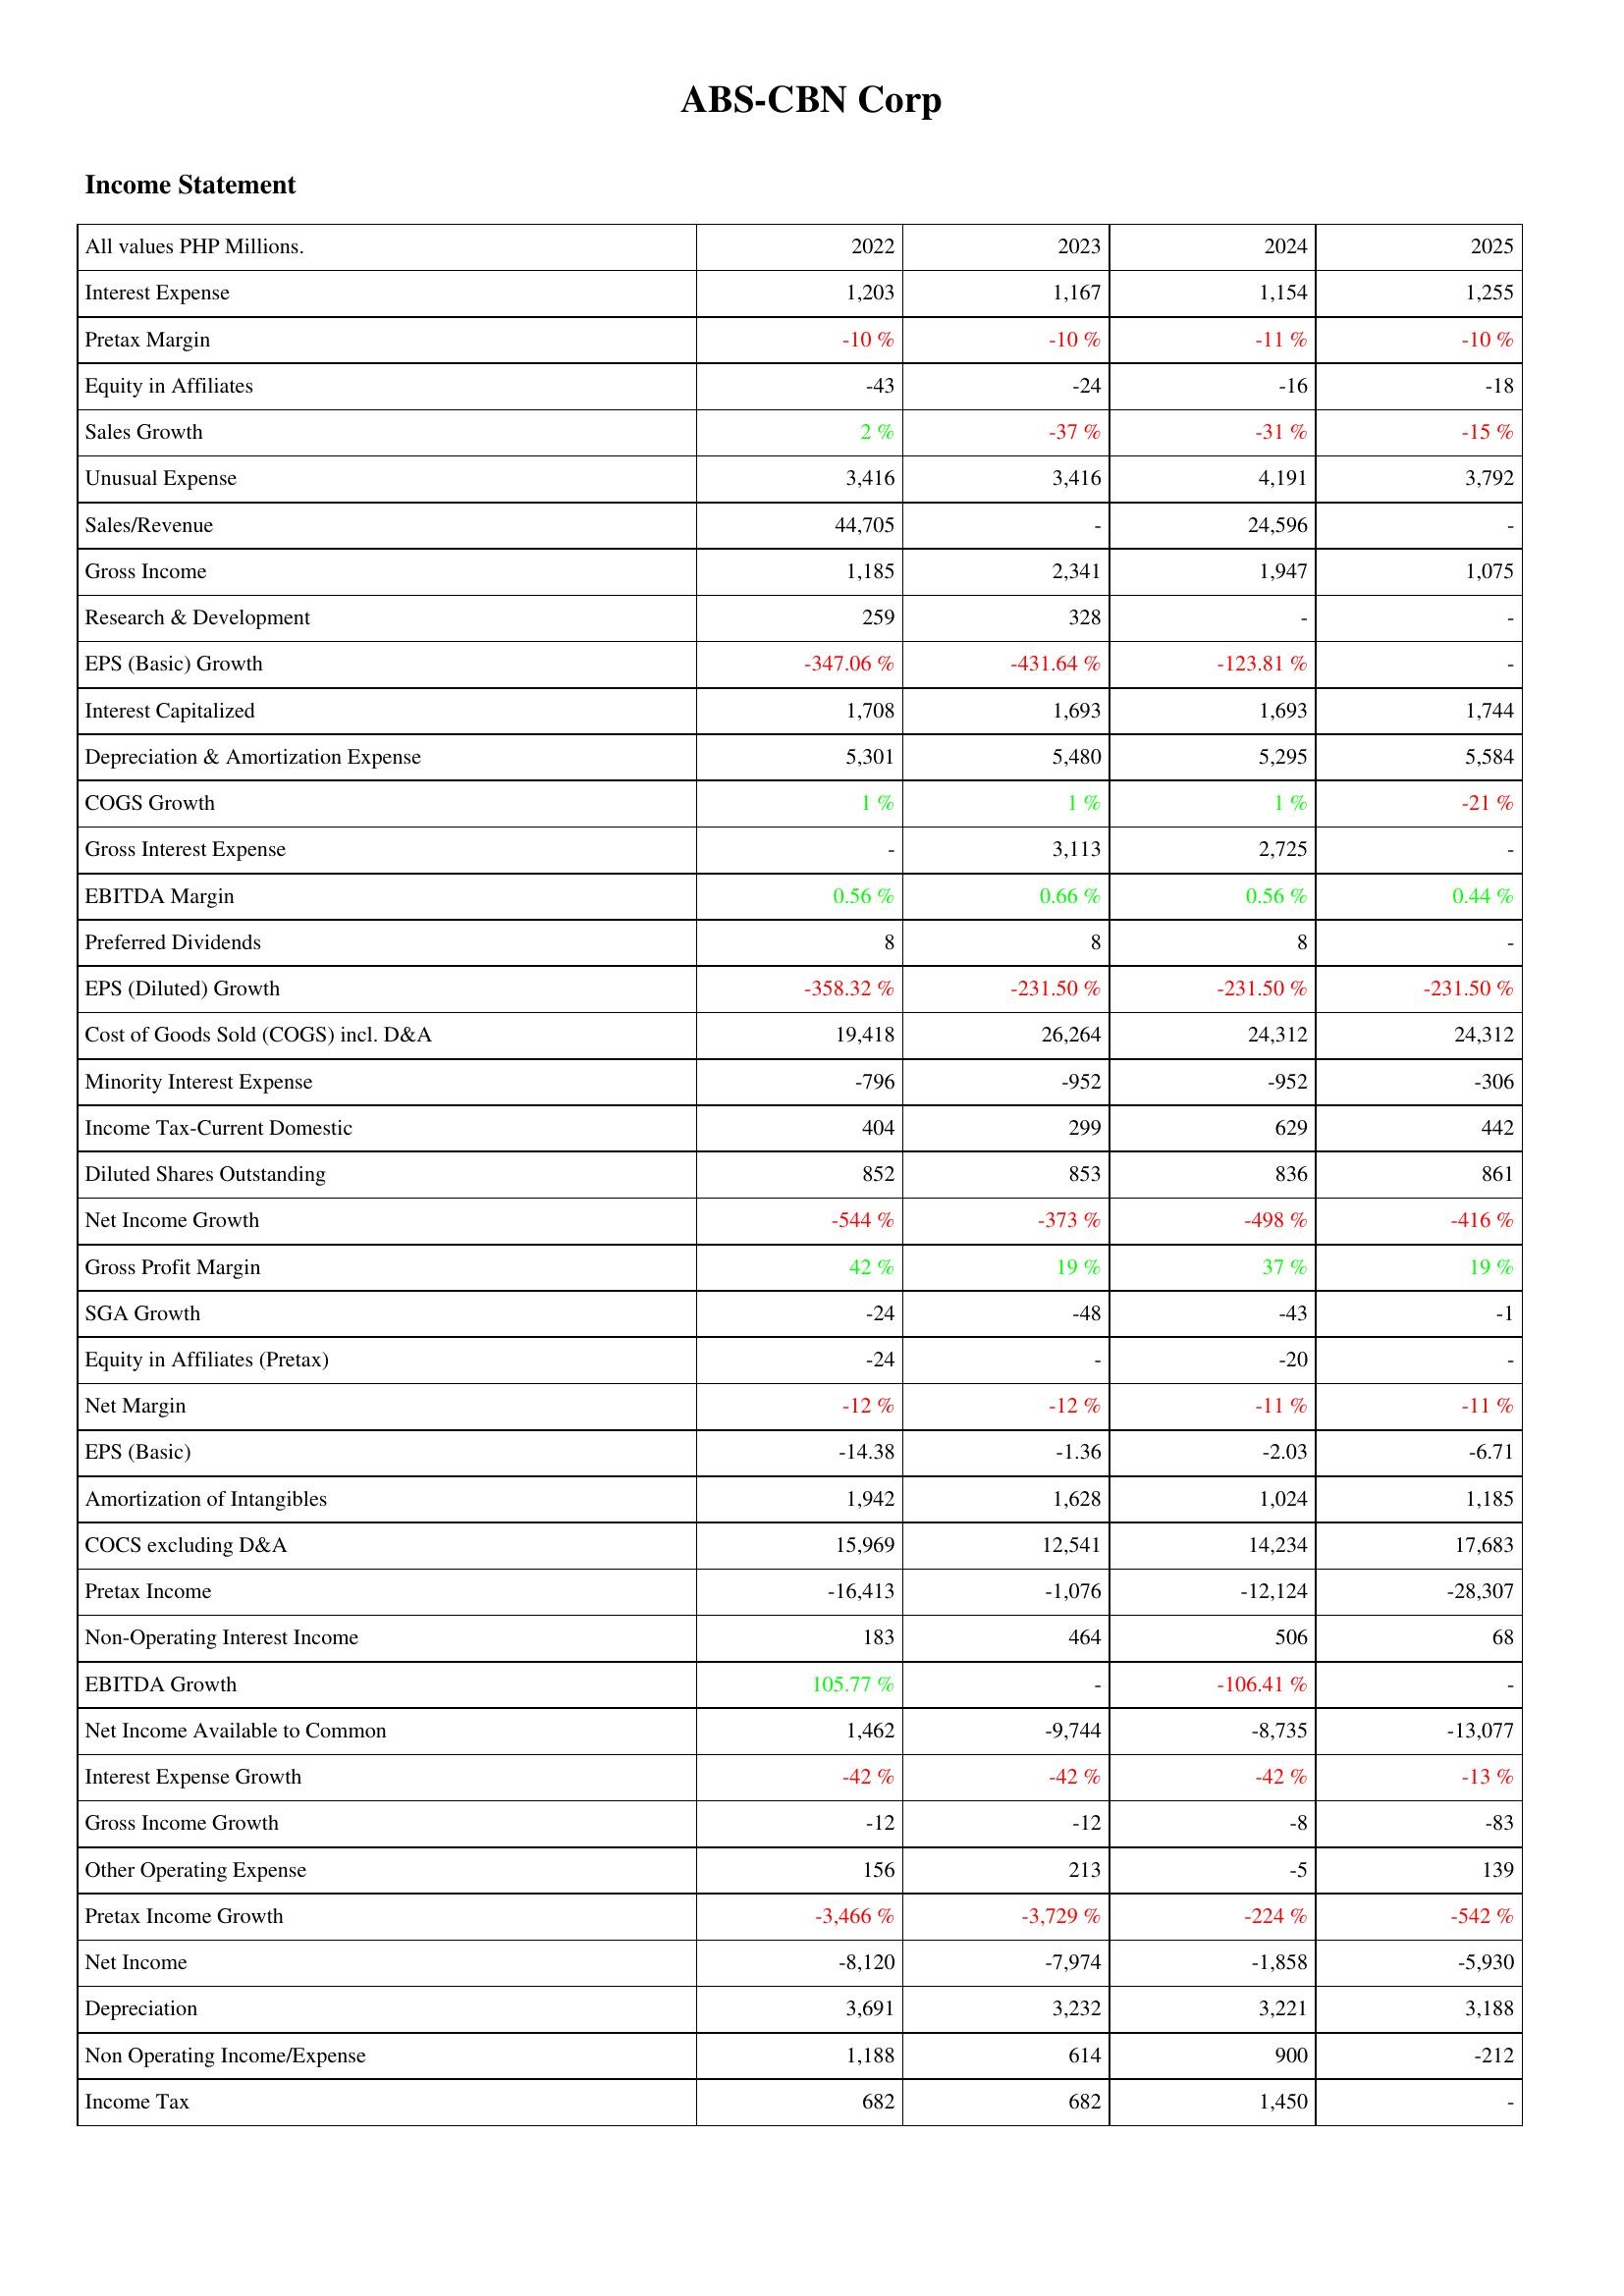
2022: Income Statement: Interest Expense: 1,203
Pretax Margin: -10 %
Equity in Affiliates: -43
Sales Growth: 2 %
Unusual Expense: 3,416
Sales/Revenue: 44,705
Gross Income: 1,185
Research & Development: 259
EPS (Basic) Growth: -347.06 %
Interest Capitalized: 1,708
Depreciation & Amortization Expense: 5,301
COGS Growth: 1 %
Gross Interest Expense: -
EBITDA Margin: 0.56 %
Preferred Dividends: 8
EPS (Diluted) Growth: -358.32 %
Cost of Goods Sold (COGS) incl. D&A: 19,418
Minority Interest Expense: -796
Income Tax-Current Domestic: 404
Diluted Shares Outstanding: 852
Net Income Growth: -544 %
Gross Profit Margin: 42 %
SGA Growth: -24
Equity in Affiliates (Pretax): -24
Net Margin: -12 %
EPS (Basic): -14.38
Amortization of Intangibles: 1,942
COCS excluding D&A: 15,969
Pretax Income: -16,413
Non-Operating Interest Income: 183
EBITDA Growth: 105.77 %
Net Income Available to Common: 1,462
Interest Expense Growth: -42 %
Gross Income Growth: -12
Other Operating Expense: 156
Pretax Income Growth: -3,466 %
Net Income: -8,120
Depreciation: 3,691
Non Operating Income/Expense: 1,188
Income Tax: 682
2023: Income Statement: Interest Expense: 1,167
Pretax Margin: -10 %
Equity in Affiliates: -24
Sales Growth: -37 %
Unusual Expense: 3,416
Sales/Revenue: -
Gross Income: 2,341
Research & Development: 328
EPS (Basic) Growth: -431.64 %
Interest Capitalized: 1,693
Depreciation & Amortization Expense: 5,480
COGS Growth: 1 %
Gross Interest Expense: 3,113
EBITDA Margin: 0.66 %
Preferred Dividends: 8
EPS (Diluted) Growth: -231.50 %
Cost of Goods Sold (COGS) incl. D&A: 26,264
Minority Interest Expense: -952
Income Tax-Current Domestic: 299
Diluted Shares Outstanding: 853
Net Income Growth: -373 %
Gross Profit Margin: 19 %
SGA Growth: -48
Equity in Affiliates (Pretax): -
Net Margin: -12 %
EPS (Basic): -1.36
Amortization of Intangibles: 1,628
COCS excluding D&A: 12,541
Pretax Income: -1,076
Non-Operating Interest Income: 464
EBITDA Growth: -
Net Income Available to Common: -9,744
Interest Expense Growth: -42 %
Gross Income Growth: -12
Other Operating Expense: 213
Pretax Income Growth: -3,729 %
Net Income: -7,974
Depreciation: 3,232
Non Operating Income/Expense: 614
Income Tax: 682
2024: Income Statement: Interest Expense: 1,154
Pretax Margin: -11 %
Equity in Affiliates: -16
Sales Growth: -31 %
Unusual Expense: 4,191
Sales/Revenue: 24,596
Gross Income: 1,947
Research & Development: -
EPS (Basic) Growth: -123.81 %
Interest Capitalized: 1,693
Depreciation & Amortization Expense: 5,295
COGS Growth: 1 %
Gross Interest Expense: 2,725
EBITDA Margin: 0.56 %
Preferred Dividends: 8
EPS (Diluted) Growth: -231.50 %
Cost of Goods Sold (COGS) incl. D&A: 24,312
Minority Interest Expense: -952
Income Tax-Current Domestic: 629
Diluted Shares Outstanding: 836
Net Income Growth: -498 %
Gross Profit Margin: 37 %
SGA Growth: -43
Equity in Affiliates (Pretax): -20
Net Margin: -11 %
EPS (Basic): -2.03
Amortization of Intangibles: 1,024
COCS excluding D&A: 14,234
Pretax Income: -12,124
Non-Operating Interest Income: 506
EBITDA Growth: -106.41 %
Net Income Available to Common: -8,735
Interest Expense Growth: -42 %
Gross Income Growth: -8
Other Operating Expense: -5
Pretax Income Growth: -224 %
Net Income: -1,858
Depreciation: 3,221
Non Operating Income/Expense: 900
Income Tax: 1,450
2025: Income Statement: Interest Expense: 1,255
Pretax Margin: -10 %
Equity in Affiliates: -18
Sales Growth: -15 %
Unusual Expense: 3,792
Sales/Revenue: -
Gross Income: 1,075
Research & Development: -
EPS (Basic) Growth: -
Interest Capitalized: 1,744
Depreciation & Amortization Expense: 5,584
COGS Growth: -21 %
Gross Interest Expense: -
EBITDA Margin: 0.44 %
Preferred Dividends: -
EPS (Diluted) Growth: -231.50 %
Cost of Goods Sold (COGS) incl. D&A: 24,312
Minority Interest Expense: -306
Income Tax-Current Domestic: 442
Diluted Shares Outstanding: 861
Net Income Growth: -416 %
Gross Profit Margin: 19 %
SGA Growth: -1
Equity in Affiliates (Pretax): -
Net Margin: -11 %
EPS (Basic): -6.71
Amortization of Intangibles: 1,185
COCS excluding D&A: 17,683
Pretax Income: -28,307
Non-Operating Interest Income: 68
EBITDA Growth: -
Net Income Available to Common: -13,077
Interest Expense Growth: -13 %
Gross Income Growth: -83
Other Operating Expense: 139
Pretax Income Growth: -542 %
Net Income: -5,930
Depreciation: 3,188
Non Operating Income/Expense: -212
Income Tax: -